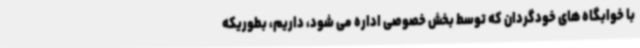
با خوابگاه های خودگردان که توسط بخش خصوصی اداره می شود، داریم، بطوریکه